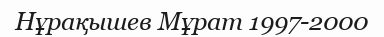
Нұрақышев Мұрат 1997-2000